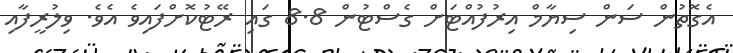
އެގޮތުން ސަން ސިޔާމް އިރުފުއްޓަށް ގެސްޓުން 8.8 ގައި ރޭޓުކޮށްފައިވެ އެވެ. ވިލުރީފާއި